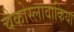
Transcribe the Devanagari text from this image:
चैकोस्लावाकिया